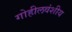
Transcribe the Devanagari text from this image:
गोहीलवंशीय